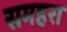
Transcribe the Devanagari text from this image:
समहरा